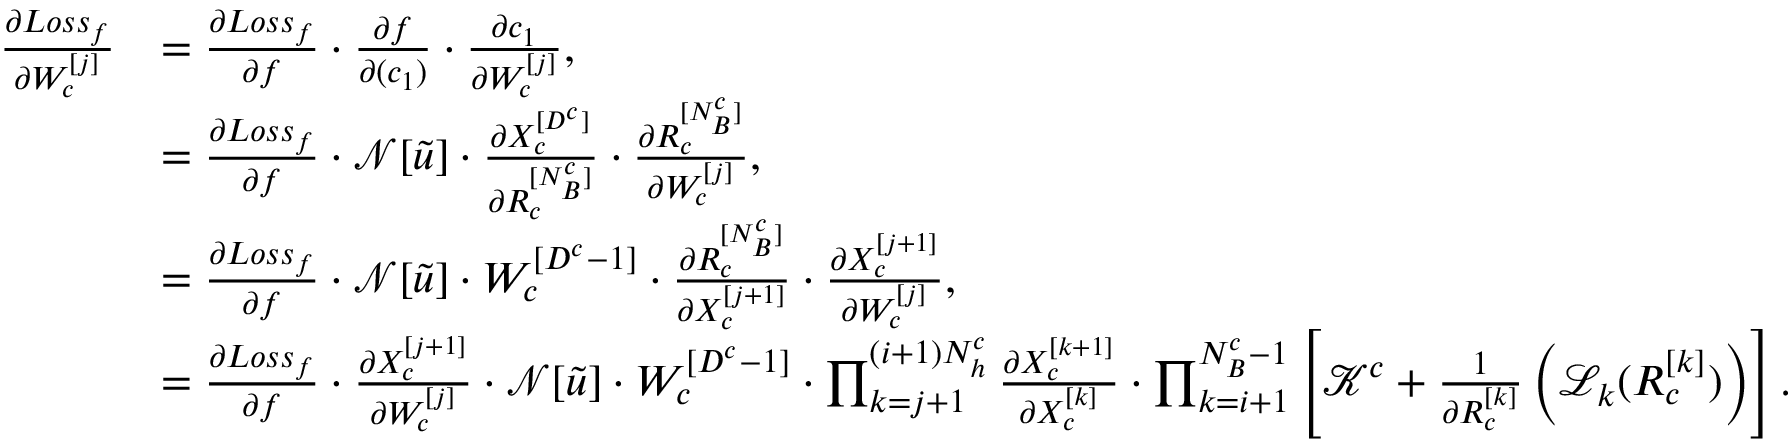
\begin{array} { r l } { \frac { \partial L o s s _ { f } } { \partial W _ { c } ^ { [ j ] } } } & { = \frac { \partial L o s s _ { f } } { \partial f } \cdot \frac { \partial f } { \partial ( c _ { 1 } ) } \cdot \frac { \partial c _ { 1 } } { \partial W _ { c } ^ { [ j ] } } , } \\ & { = \frac { \partial L o s s _ { f } } { \partial f } \cdot \mathcal { N } [ \tilde { u } ] \cdot \frac { \partial X _ { c } ^ { [ D ^ { c } ] } } { \partial R _ { c } ^ { [ N _ { B } ^ { c } ] } } \cdot \frac { \partial R _ { c } ^ { [ N _ { B } ^ { c } ] } } { \partial W _ { c } ^ { [ j ] } } , } \\ & { = \frac { \partial L o s s _ { f } } { \partial f } \cdot \mathcal { N } [ \tilde { u } ] \cdot W _ { c } ^ { [ D ^ { c } - 1 ] } \cdot \frac { \partial R _ { c } ^ { [ N _ { B } ^ { c } ] } } { \partial X _ { c } ^ { [ j + 1 ] } } \cdot \frac { \partial X _ { c } ^ { [ j + 1 ] } } { \partial W _ { c } ^ { [ j ] } } , } \\ & { = \frac { \partial L o s s _ { f } } { \partial f } \cdot \frac { \partial X _ { c } ^ { [ j + 1 ] } } { \partial W _ { c } ^ { [ j ] } } \cdot \mathcal { N } [ \tilde { u } ] \cdot W _ { c } ^ { [ D ^ { c } - 1 ] } \cdot \prod _ { k = j + 1 } ^ { ( i + 1 ) N _ { h } ^ { c } } \frac { \partial X _ { c } ^ { [ k + 1 ] } } { \partial X _ { c } ^ { [ k ] } } \cdot \prod _ { k = i + 1 } ^ { N _ { B } ^ { c } - 1 } \left[ \mathcal { K } ^ { c } + \frac { 1 } { \partial R _ { c } ^ { [ k ] } } \left( \mathcal { L } _ { k } ( R _ { c } ^ { [ k ] } ) \right) \right] . } \end{array}